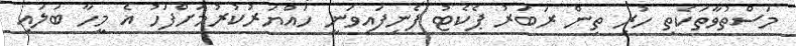
މަސްތުވާތަކެތި ހުރި ތިން ރަބަރު ޕެކެޓު ފެނިފައިވަނީ ހައްޔަރުކުރުމަށްފަހު އެ މީހާ ބަލައި